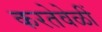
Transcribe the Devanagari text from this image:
करतेवेळीं